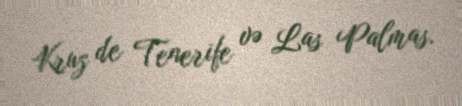
Kruz de Tenerife və Las Palmas.